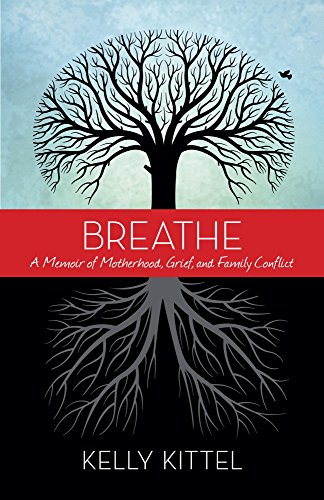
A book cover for Breathe: A Memoir of Motherhood, Grief, and Family Conflict; Kelly Kittel; Parenting & Relationships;